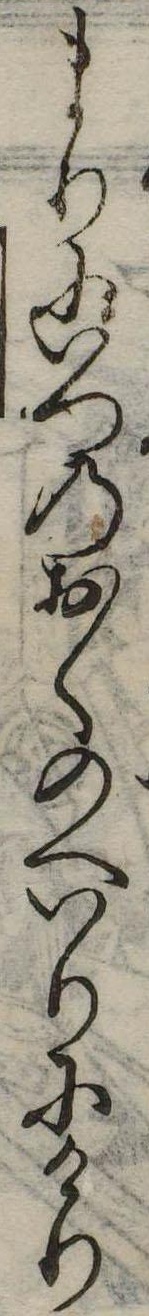
まりにいつのおくのへいりにけり